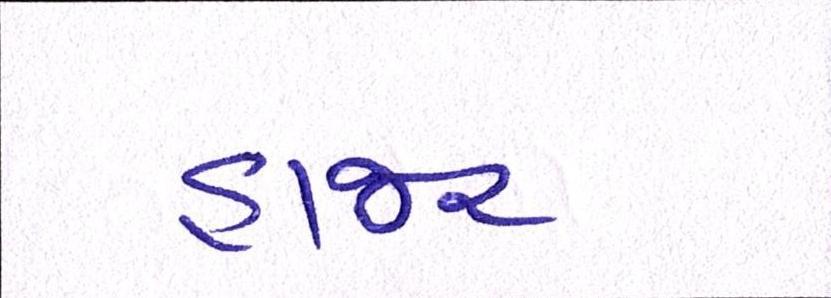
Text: હાજર